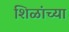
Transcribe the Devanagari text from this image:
शिळांच्या